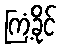
ကြံ့ခိုင်